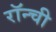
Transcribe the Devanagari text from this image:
रॉन्ची